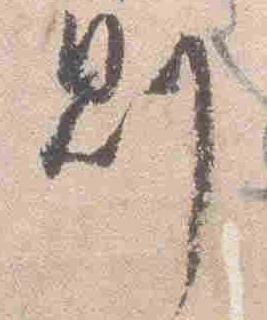
則